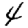
Digit: 4